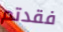
فقدتم